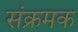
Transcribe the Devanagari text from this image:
संक्रमक